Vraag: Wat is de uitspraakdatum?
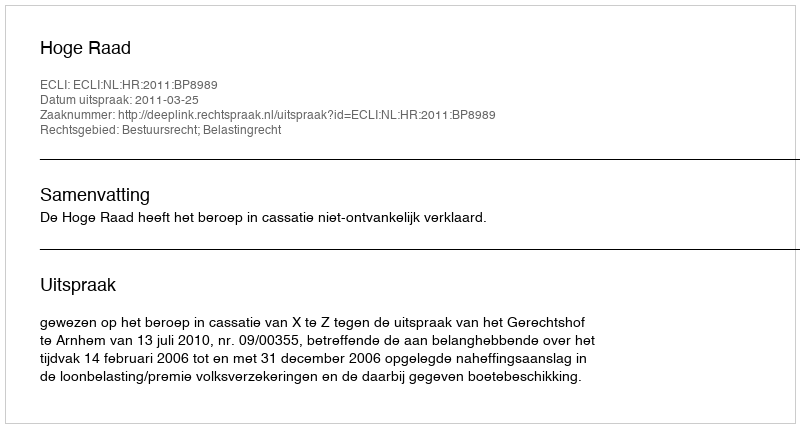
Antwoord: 2011-03-25